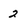
Character: 2